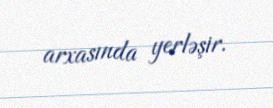
arxasında yerləşir.